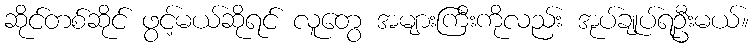
ဆိုင်တစ်ဆိုင် ဖွင့်မယ်ဆိုရင် လူတွေ အများကြီးကိုလည်း အုပ်ချုပ်ရဦးမယ်။